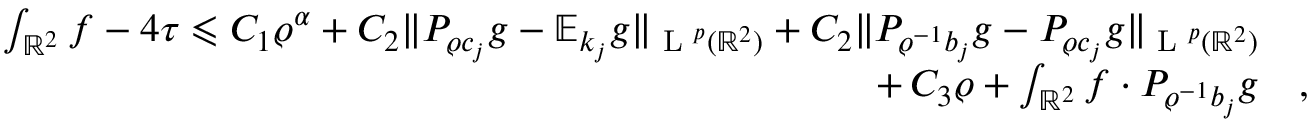
\begin{array} { r l } { \int _ { \mathbb { R } ^ { 2 } } f - 4 \tau \leqslant C _ { 1 } \varrho ^ { \alpha } + C _ { 2 } \| P _ { \varrho c _ { j } } g - \mathbb { E } _ { k _ { j } } g \| _ { \textup { L } ^ { p } ( \mathbb { R } ^ { 2 } ) } + C _ { 2 } \| P _ { \varrho ^ { - 1 } b _ { j } } g - P _ { \varrho c _ { j } } g \| _ { \textup { L } ^ { p } ( \mathbb { R } ^ { 2 } ) } } & { } \\ { + \, C _ { 3 } \varrho + \int _ { \mathbb { R } ^ { 2 } } f \cdot P _ { \varrho ^ { - 1 } b _ { j } } g } & { , } \end{array}